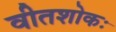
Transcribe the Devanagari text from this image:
वीतशोकः